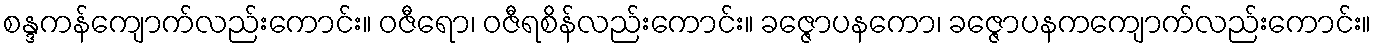
စန္ဒကန်ကျောက်လည်းကောင်း။ ဝဇီရော၊ ဝဇီရစိန်လည်းကောင်း။ ခဇ္ဇောပနကော၊ ခဇ္ဇောပနကကျောက်လည်းကောင်း။